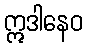
ဣဒါနေဝ